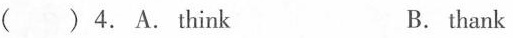
( ) 4. A.Think B. thank